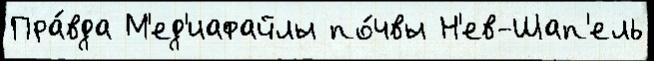
Пра́вда М'ед'иафайлы по́чвы Н'ев-Шап'ель